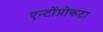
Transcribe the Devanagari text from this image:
एन्टोंप्रोकटा